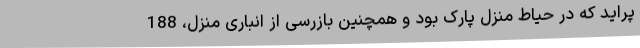
پراید که در حیاط منزل پارک بود و همچنین بازرسی از انباری منزل، 188